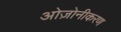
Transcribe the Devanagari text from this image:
ओज़ोनीकरण